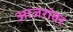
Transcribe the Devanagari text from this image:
आजरांवर